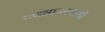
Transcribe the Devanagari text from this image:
गणव्यवस्थाओं